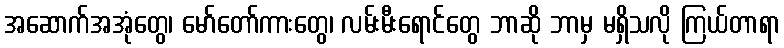
အဆောက်အအုံတွေ၊ မော်တော်ကားတွေ၊ လမ်းမီးရောင်တွေ ဘာဆို ဘာမှ မရှိသလို ကြယ်တာရာ